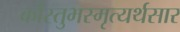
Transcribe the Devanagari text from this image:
कौस्तुभस्मृत्यर्थसार